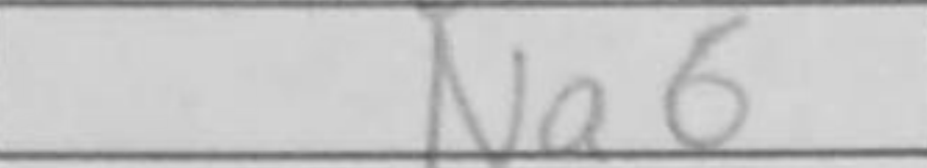
Transcription: Na6